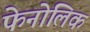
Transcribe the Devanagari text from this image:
फेनोलिक